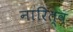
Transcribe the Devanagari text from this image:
नारित्व